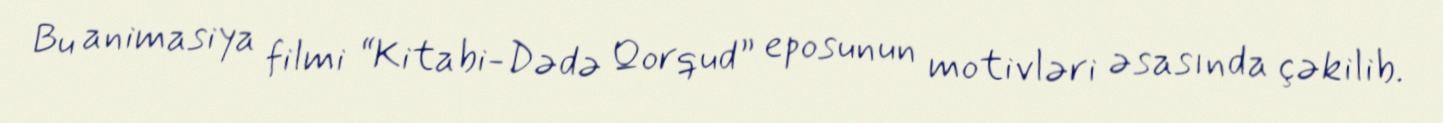
Bu animasiya filmi “Kitabi-Dədə Qorqud” eposunun motivləri əsasında çəkilib.